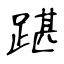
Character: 踸